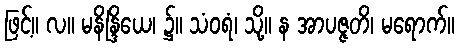
ဖြင့်။ လ။ မနိန္ဒြိယေ၊ ၌။ သံဝရံ၊ သို့။ န အာပဇ္ဇတိ၊ မရောက်။